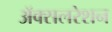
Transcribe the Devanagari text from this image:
अॅक्सलरेशन